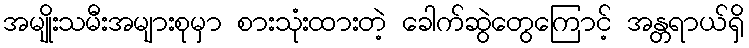
အမျိုးသမီးအများစုမှာ စားသုံးထားတဲ့ ခေါက်ဆွဲတွေကြောင့် အန္တရာယ်ရှိ